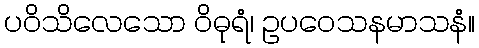
ပဝိသိလေသော ဝိဓုရံ၊ ဥပဝေသနမာသနံ။